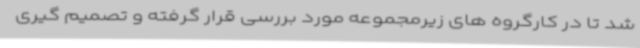
شد تا در کارگروه های زیرمجموعه مورد بررسی قرار گرفته و تصمیم گیری